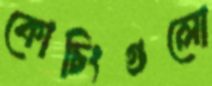
কোচিংগুলো